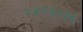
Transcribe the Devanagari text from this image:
२४२४०१६